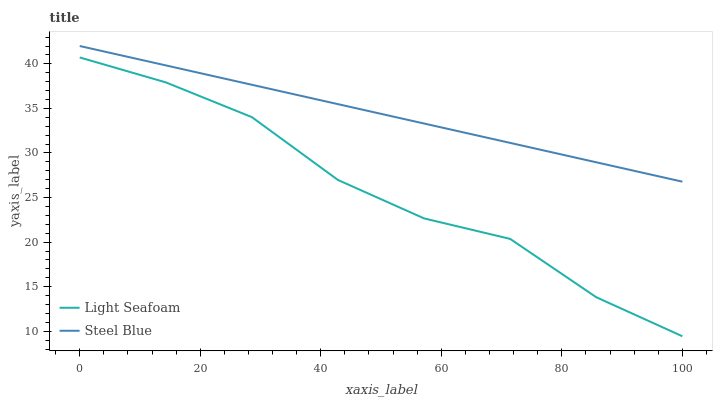
| xaxis_label | Light Seafoam | Steel Blue |
 | --- | --- | --- |
 | 0 | 40.7 | 42 |
 | 14.3 | 37.9 | 39.8 |
 | 28.6 | 34 | 37.7 |
 | 42.9 | 27 | 35.5 |
 | 57.1 | 22.7 | 33.3 |
 | 71.4 | 20.4 | 31.1 |
 | 85.7 | 13.8 | 29 |
 | 100 | 9.44 | 26.8 |